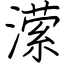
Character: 潆